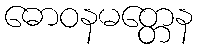
ဓောဝနမတ္တေန